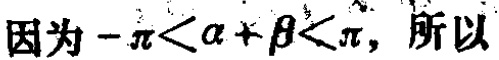
因为\(-\pi<\alpha +\beta<\pi\)，所以